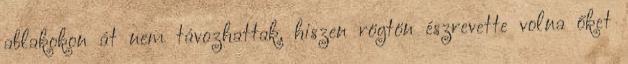
ablakokon át nem távozhattak, hiszen rögtön észrevette volna őket